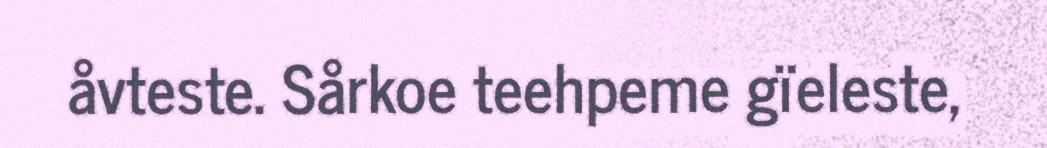
åvteste. Sårkoe teehpeme gïeleste,